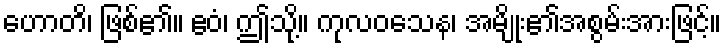
ဟောတိ၊ ဖြစ်၏။ ဧဝံ၊ ဤသို့။ ကုလဝသေန၊ အမျိုး၏အစွမ်းအားဖြင့်။